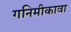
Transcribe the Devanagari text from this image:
गनिमीकावा